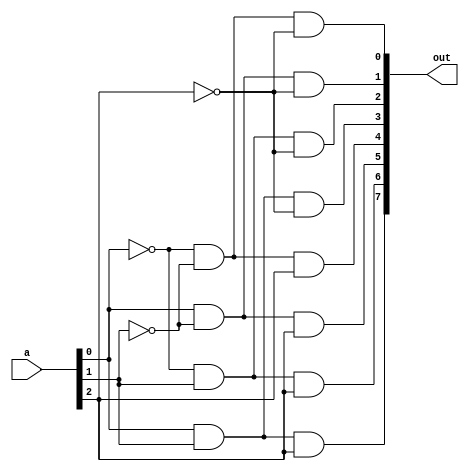
module decode(a,out);
input [2:0] a;
output [7:0] out;
wire [7:0] out;

assign out[7]=a[0]&a[1]&a[2];
assign out[6]=(~a[0])&a[1]&a[2];
assign out[5]=a[0]&(~a[1])&a[2];
assign out[4]=(~a[0])&(~a[1])&a[2];
assign out[3]=a[0]&a[1]&(~a[2]);
assign out[2]=(~a[0])&a[1]&(~a[2]);
assign out[1]=a[0]&(~a[1])&(~a[2]);
assign out[0]=(~a[0])&(~a[1])&(~a[2]);

endmodule